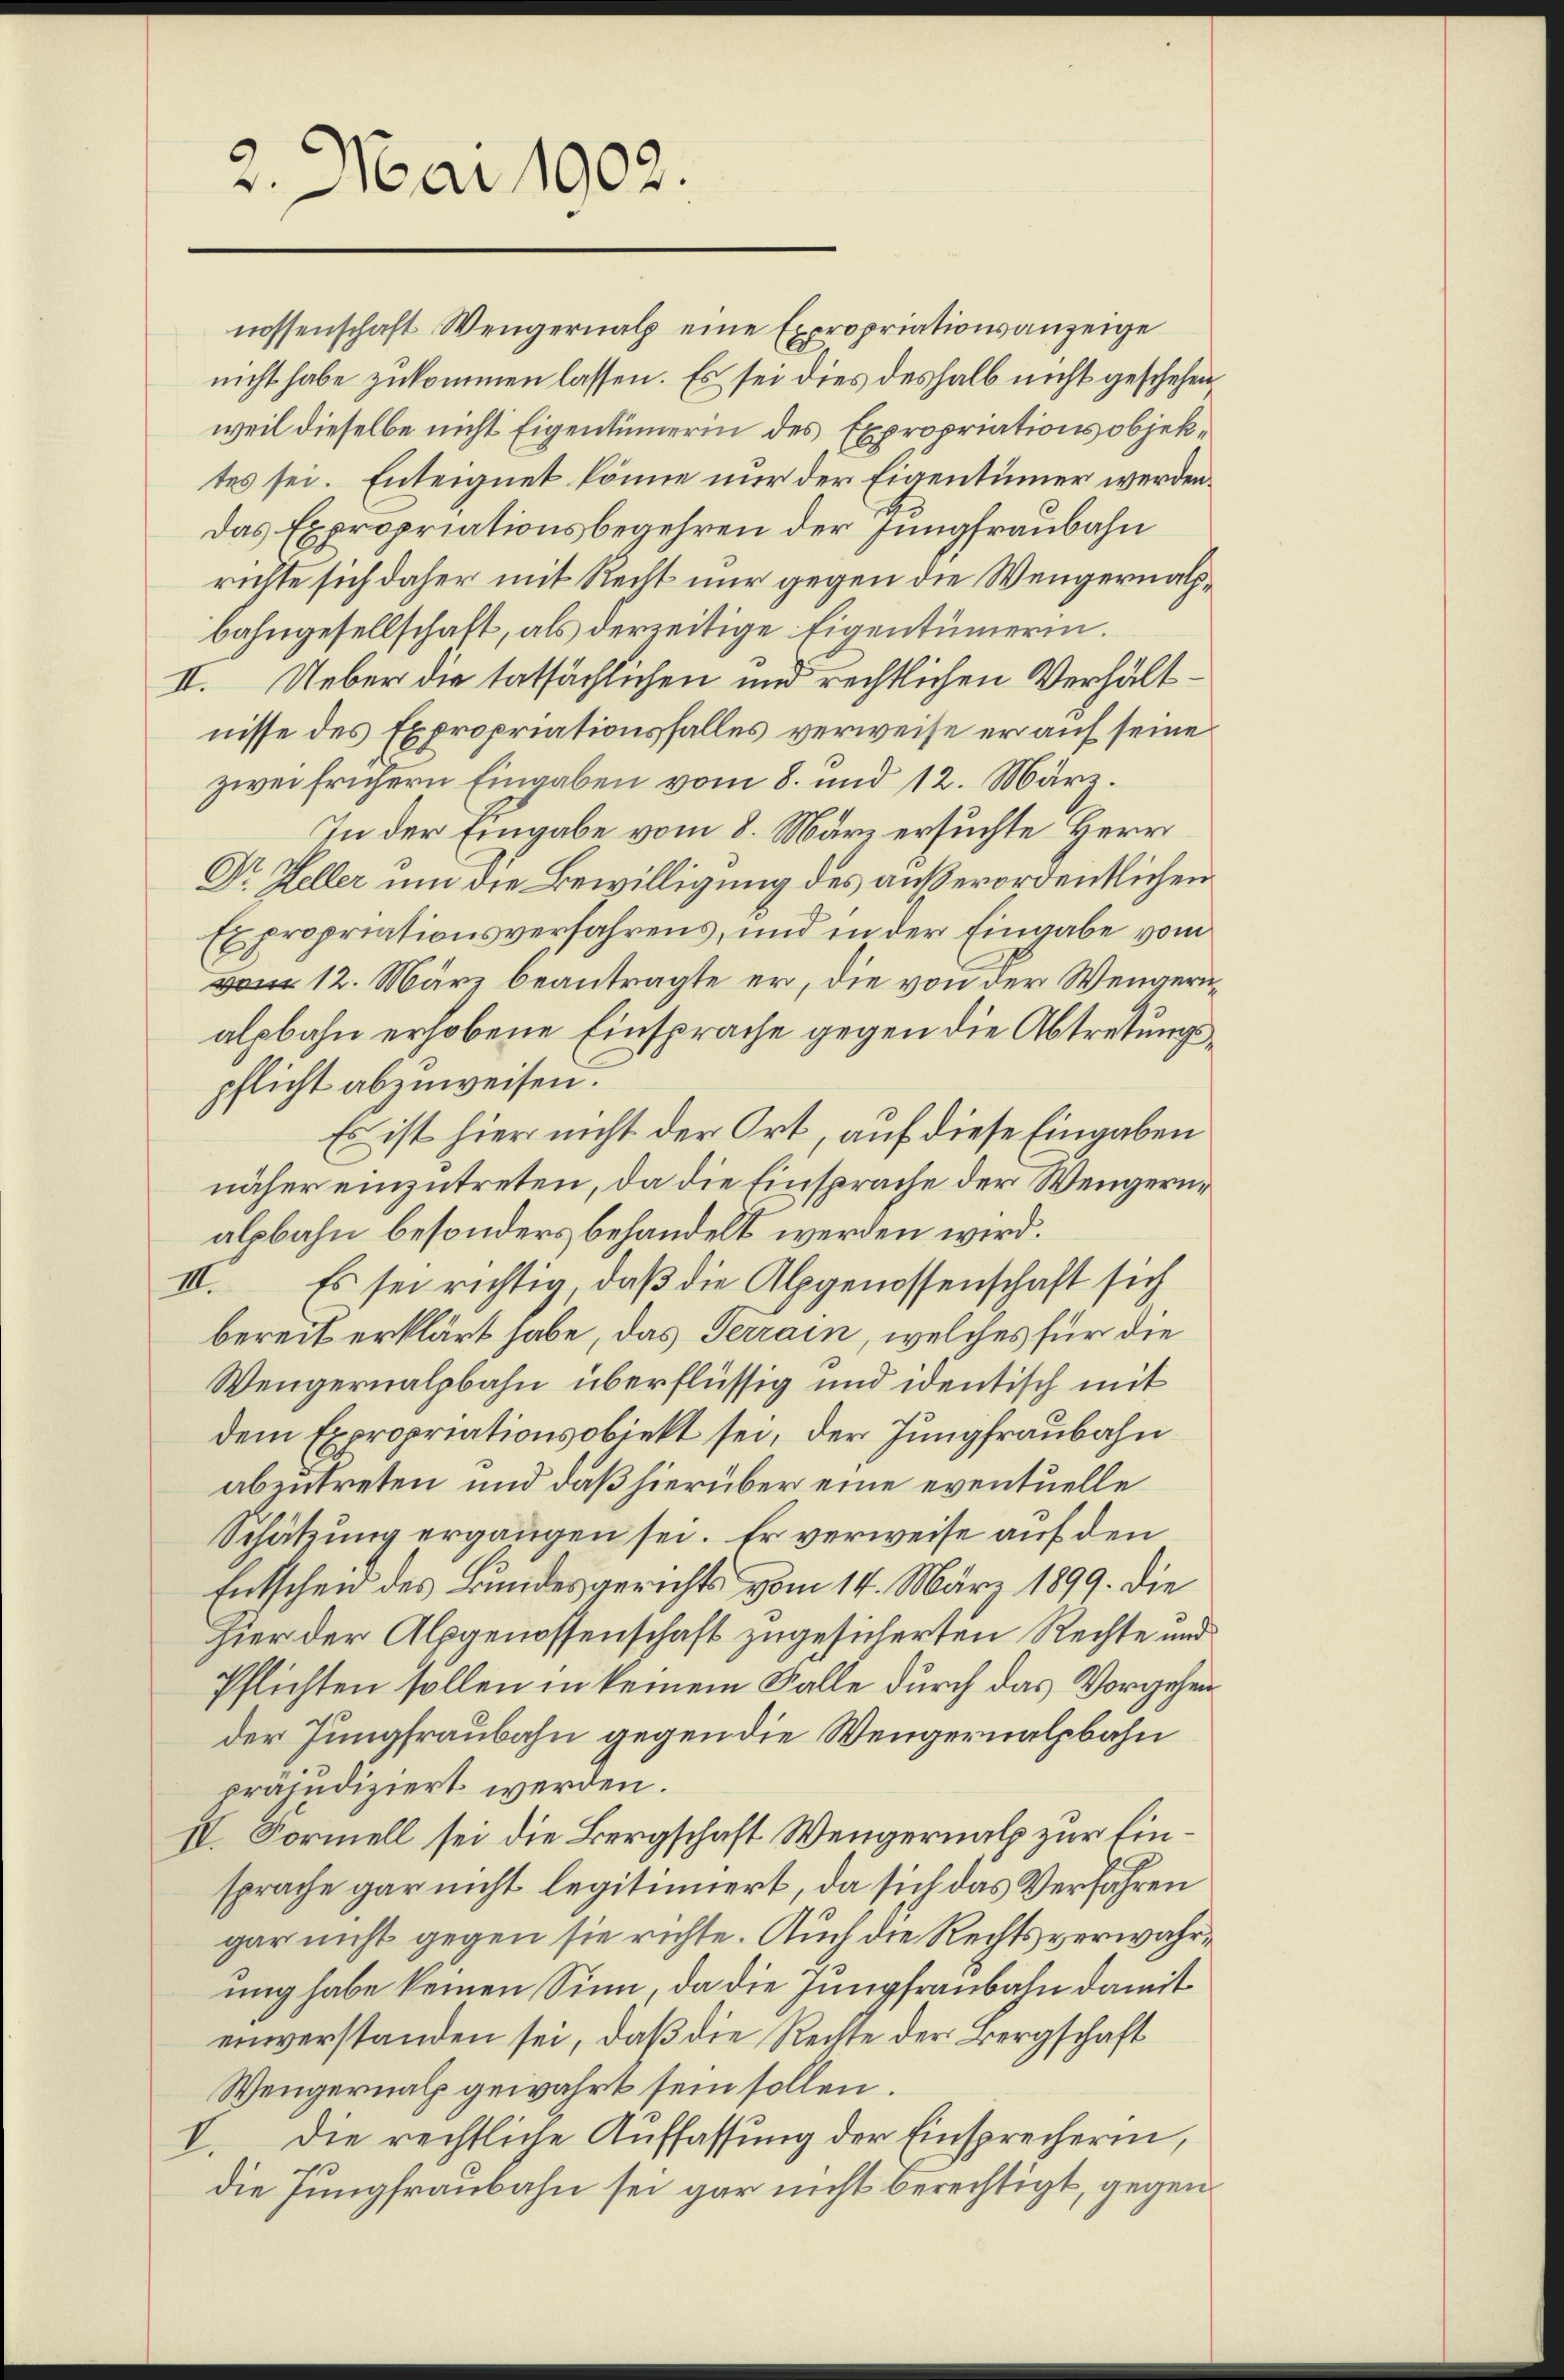
2. Mai 1902.

nicht habe zukommen lassen. Es sei dies deshalb nicht geschehen,
weil dieselbe nicht Eigentümerin des Expropriationsobjektes sei. Enteignet könne nur der Eigentümer werden.
Das Expropriationsbegehren der Jungfraubahn
richte sich daher mit Recht nur gegen die Wengernachbahngesellschaft, als derzeitige Eigentümerin.
II. Ueber die tatsächlichen und rechtlichen Verhältnisse des Expropriationsfalles verweise er auf seine
zwei frühern Eingaben vom 8. und 12. März.
In der Eingabe vom 8. März ersuchte Herr
Dr Heller um die Bewilligung des außerordentlichen
Expropriationsverfahrens, und in der Eingabe vom
vom 12. März beantragte er, die von der Wengerualpbahn erhobene Einsprache gegen die Abtretungspflicht abzuweisen.
Es ist hier nicht der Ort, auf diese Eingaben
näher einzutreten, da die Einsprache der Wengernalpbahn besonders behandelt werden wird.
III. Es sei richtig, daß die Alpgenossenschaft sich
bereit erklärt habe, das Terrain, welches für die
Wengernalbahn überflüssig und identisch mit
dem Expropriationsobjekt sei, der Jungfraubahn
abentreten und daß hierüber eine eventuelle
Schätzung ergangen sei. Er verweise auf den
Entscheid des Bundesgerichts vom 14. März 1899. die
hier der Alpgenossenschaft zugesicherten Rechte und
Pflichten sollen in keinem Falle durch das Vorgehen
der Jungfraubahn gegen die Wengernalpbahn
prämdiziert werden.
IV. Formell sei die Bergschaft Wengernalp zur Einsprache gar nicht legitimiert, da sich das Verfahren
gar nicht gegen sie richte. Auch die Rechts verwahrung habe keinen Sinn, da die Jungfraubahn damit
einverstanden sei, daß die Rechte der Bergschaft
Wengernal gewährt sein sollen.
V. Die rechtliche Auffassung der Einsprecherin,
die Jungfraubahn sei gar nicht berechtigt, gegen¬

nossenschaft Wengernalp eine Expropriationsanzeige